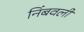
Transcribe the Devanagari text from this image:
निंबवली